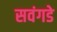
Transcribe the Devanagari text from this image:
सवंगडे